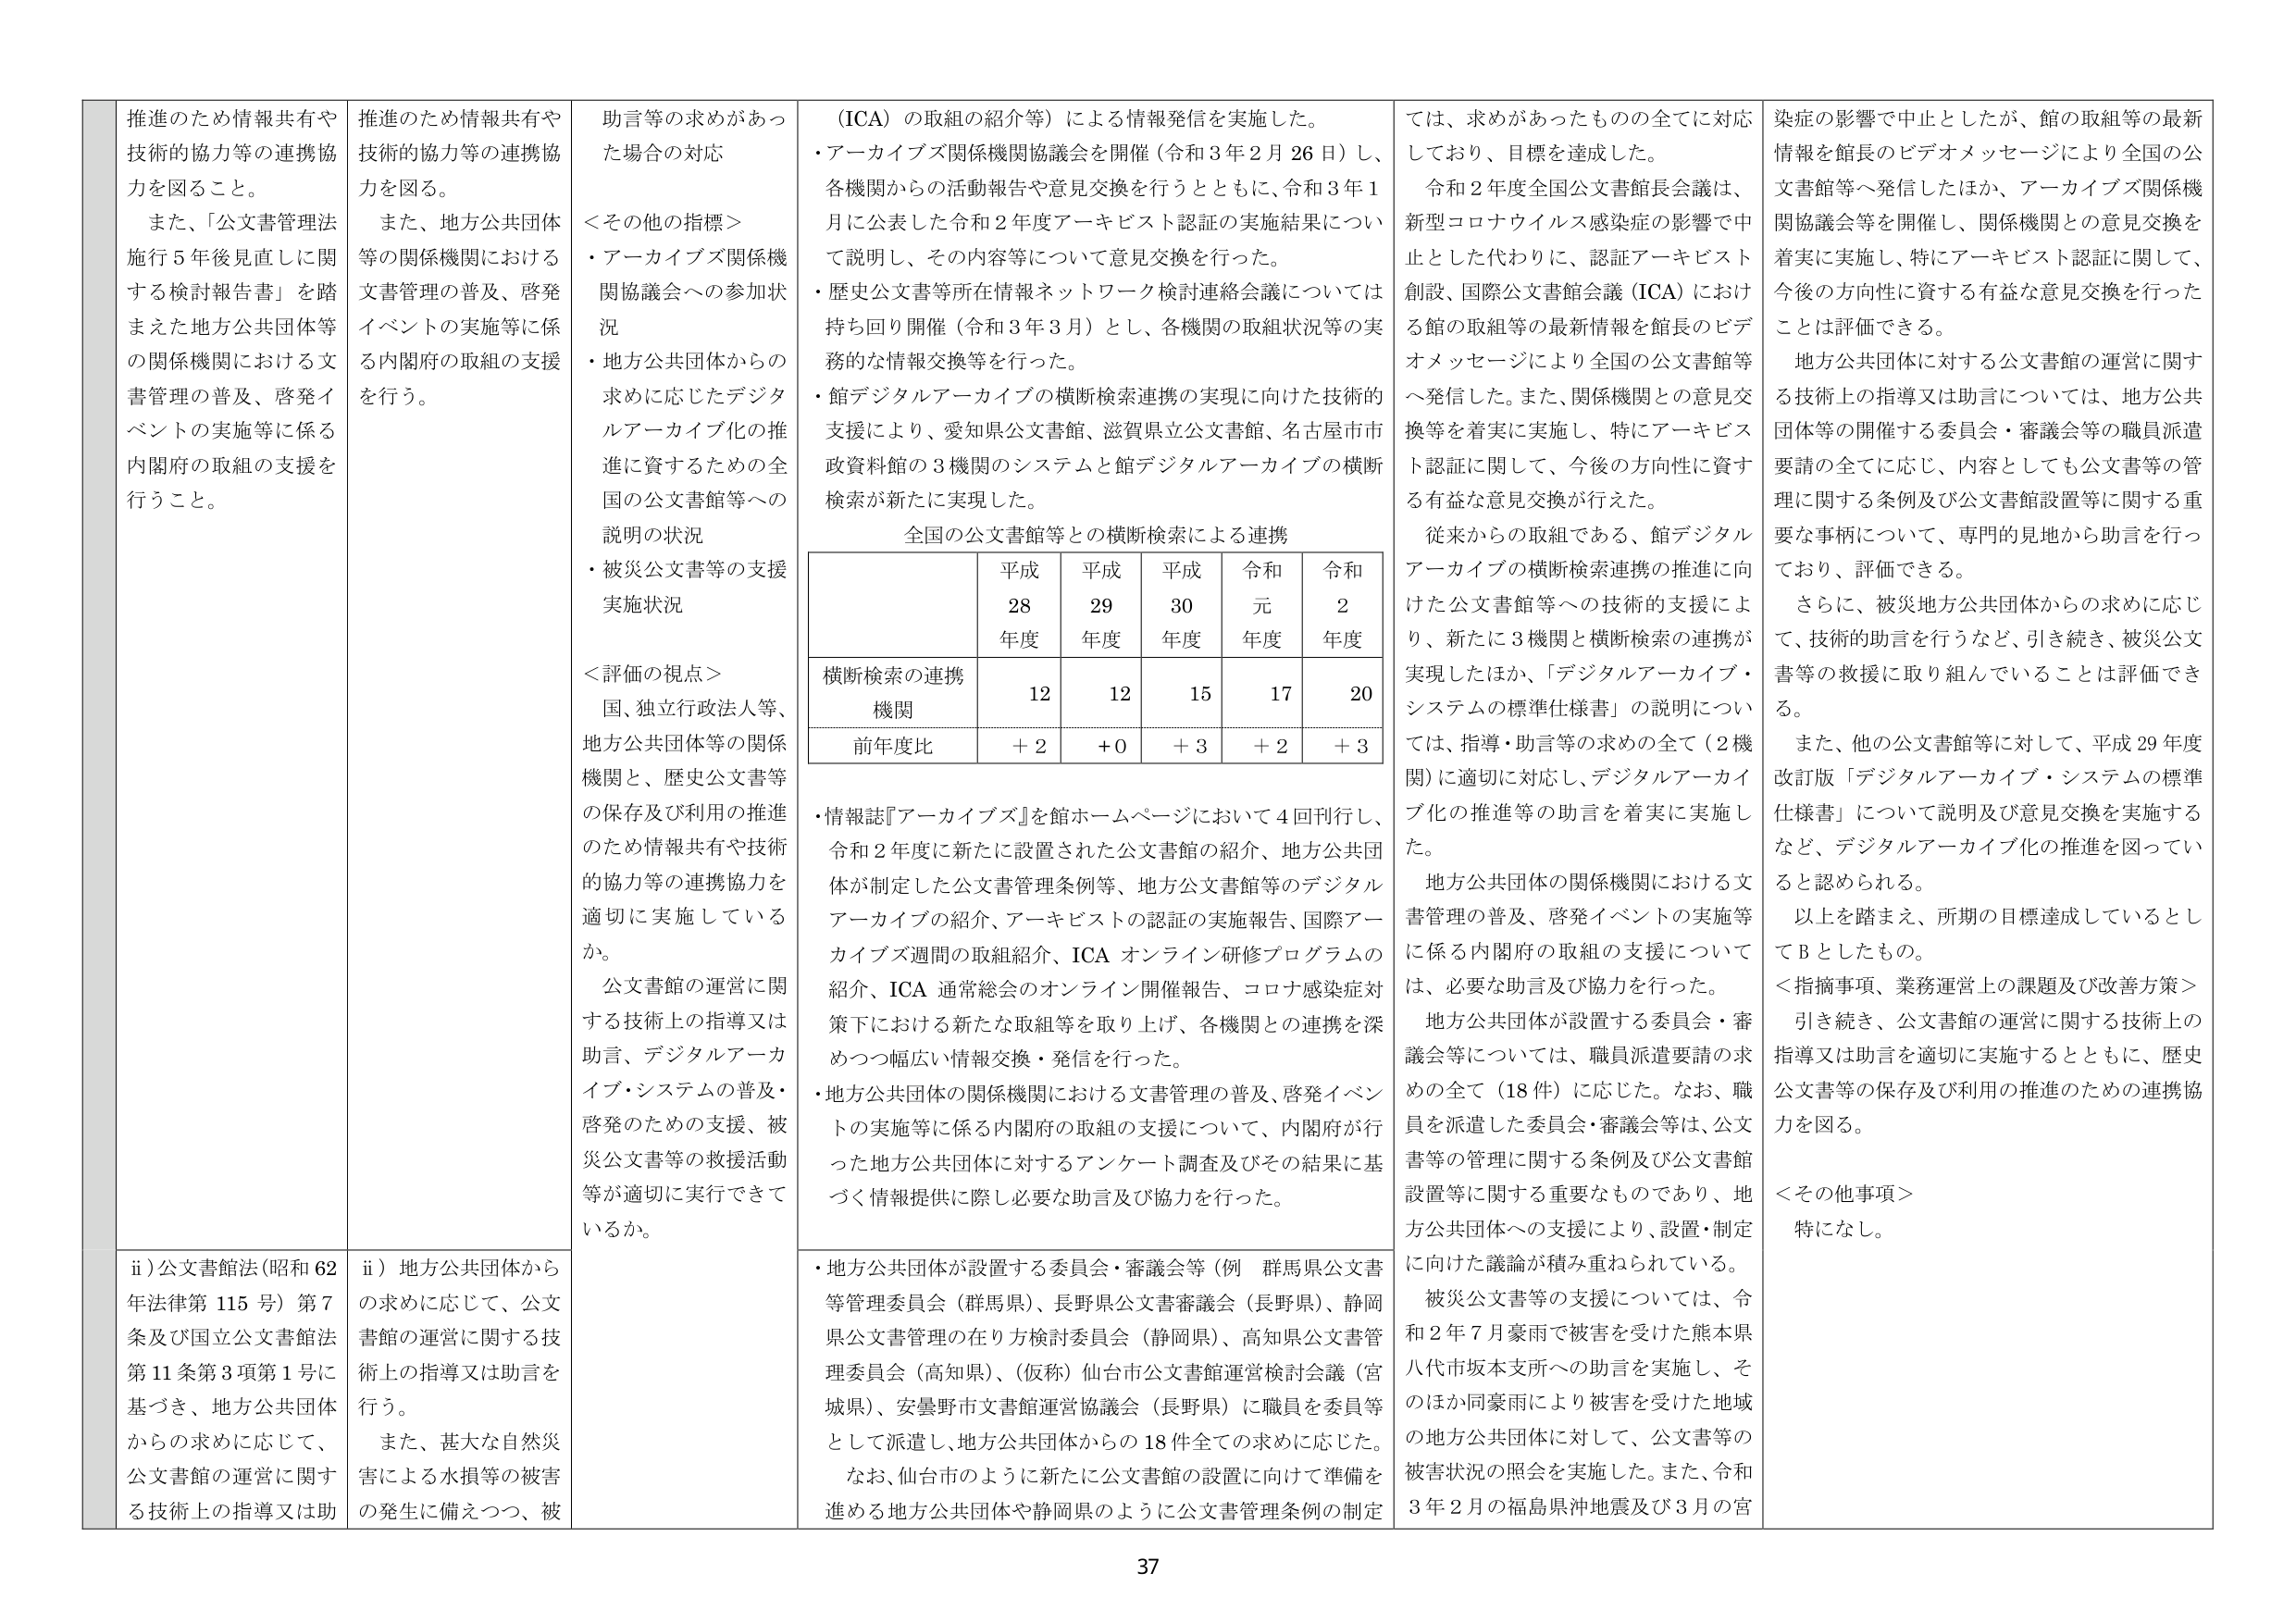
推進のため情報共有や技術的協力等の連携協力を図ること。
また、「公文書管理法施行5年後見直しに関する検討報告書」を踏まえた地方公共団体等の関係機関における文書管理の普及、啓発イベントの実施等に係る内閣府の取組の支援を行うこと。

推進のため情報共有や技術的協力等の連携協力を図る。
また、地方公共団体等の関係機関における文書管理の普及、啓発イベントの実施等に係る内閣府の取組の支援を行う。

助言等の求めがあった場合の対応
＜その他の指標＞
・アーカイブズ関係機関協議会への参加状況
・地方公共団体からの求めに応じたデジタルアーカイブ化の推進に資するための全国の公文書館等への説明の状況
・被災公文書等の支援実施状況

＜評価の視点＞
国、独立行政法人等、地方公共団体等の関係機関と、歴史公文書等の保存及び利用の推進のため情報共有や技術的協力等の連携協力を適切に実施しているか。
公文書館の運営に関する技術上の指導又は助言、デジタルアーカイブ・システムの普及・啓発のための支援、被災公文書等の救援活動等が適切に実行できているか。

（ICA）の取組の紹介等）による情報発信を実施した。
・アーカイブズ関係機関協議会を開催（令和3年2月26日）し、各機関からの活動報告や意見交換を行うとともに、令和3年1月に公表した令和2年度アーキビスト認証の実施結果について説明し、その内容等について意見交換を行った。
・歴史公文書等所在情報ネットワーク検討連絡会議については持ち回り開催（令和3年3月）とし、各機関の取組状況等の実務的な情報交換等を行った。
・館デジタルアーカイブの横断検索連携の実現に向けた技術的支援により、愛知県公文書館、滋賀県立公文書館、名古屋市市政資料館の3機関のシステムと館デジタルアーカイブの横断検索が新たに実現した。

全国の公文書館等との横断検索による連携

| | 平成28年度 | 平成29年度 | 平成30年度 | 令和元年度 | 令和2年度 |
|---|---|---|---|---|---|
| 横断検索の連携機関 | 12 | 12 | 15 | 17 | 20 |
| 前年度比 | +2 | +0 | +3 | +2 | +3 |

・情報誌『アーカイブズ』を館ホームページにおいて4回刊行し、令和2年度に新たに設置された公文書館の紹介、地方公共団体が制定した公文書管理条例等、地方公文書館等のデジタルアーカイブの紹介、アーキビストの認証の実施報告、国際アーカイブズ週間の取組紹介、ICAオンライン研修プログラムの紹介、ICA通常総会のオンライン開催報告、コロナ感染症対策下における新たな取組等を取り上げ、各機関との連携を深めつつ幅広い情報交換・発信を行った。
・地方公共団体の関係機関における文書管理の普及、啓発イベントの実施等に係る内閣府の取組の支援について、内閣府が行った地方公共団体に対するアンケート調査及びその結果に基づく情報提供に際し必要な助言及び協力を行った。

・地方公共団体が設置する委員会・審議会等（例 群馬県公文書等管理委員会（群馬県）、長野県公文書審議会（長野県）、静岡県公文書管理の在り方検討委員会（静岡県）、高知県公文書管理委員会（高知県）、（仮称）仙台市公文書館運営検討会議（宮城県）、安曇野市文書館運営協議会（長野県））に職員を委員等として派遣し、地方公共団体からの18件全ての求めに応じた。
なお、仙台市のように新たに公文書館の設置に向けて準備を進める地方公共団体や静岡県のように公文書管理条例の制定

では、求めがあったものの全てに対応しており、目標を達成した。
令和2年度全国公文書館長会議は、新型コロナウイルス感染症の影響で中止とした代わりに、認証アーキビスト創設、国際公文書館会議（ICA）における館の取組等の最新情報を館長のビデオメッセージにより全国の公文書館等へ発信した。また、関係機関との意見交換等を着実に実施し、特にアーキビスト認証に関して、今後の方針性に資する有益な意見交換が行えた。
従来からの取組である、館デジタルアーカイブの横断検索連携の推進に向けた公文書館等への技術的支援により、新たに3機関と横断検索の連携が実現したほか、「デジタルアーカイブ・システムの標準仕様書」の説明については、指導・助言等の求めの全て（2機関）に適切に対応し、デジタルアーカイブ化の推進等の助言を着実に実施した。
地方公共団体の関係機関における文書管理の普及、啓発イベントの実施等に係る内閣府の取組の支援については、必要な助言及び協力を行った。
地方公共団体が設置する委員会・審議会等については、職員派遣要請の求めの全て（18件）に応じた。なお、職員を派遣した委員会・審議会等は、公文書等の管理に関する条例及び公文書館設置等に関する重要なものであり、地方公共団体への支援により、設置・制定に向けた議論が積み重ねられている。
被災公文書等の支援については、令和2年7月豪雨で被害を受けた熊本県八代市坂本支所への助言を実施し、そのほか同豪雨により被害を受けた地域の地方公共団体に対して、公文書等の被害状況の照会を実施した。また、令和3年2月の福島県沖地震及び3月の宮

染症の影響で中止としたが、館の取組等の最新情報を館長のビデオメッセージにより全国の公文書館等へ発信したほか、アーカイブズ関係機関協議会等を開催し、関係機関との意見交換を着実に実施し、特にアーキビスト認証に関して、今後の方針性に資する有益な意見交換を行ったことは評価できる。
地方公共団体に対する公文書館の運営に関する技術上の指導又は助言については、地方公共団体等の開催する委員会・審議会等の職員派遣要請の全てに応じ、内容としても公文書等の管理に関する条例及び公文書館設置等に関する重要な事柄について、専門的見地から助言を行っており、評価できる。
さらに、被災地方公共団体からの求めに応じて、技術的助言を行うなど、引き続き、被災公文書等の救援に取り組んでいることは評価できる。
また、他の公文書館等に対して、平成29年度改訂版「デジタルアーカイブ・システムの標準仕様書」について説明及び意見交換を実施するなど、デジタルアーカイブ化の推進を図っていると認められる。
以上を踏まえ、所期の目標達成しているとしてBとしたもの。
＜指摘事項、業務運営上の課題及び改善方策＞
引き続き、公文書館の運営に関する技術上の指導又は助言を適切に実施するとともに、歴史公文書等の保存及び利用の推進のための連携協力を図る。
＜その他事項＞
特になし。

ii）公文書館法（昭和62年法律第115号）第7条及び国立公文書館法第11条第3項第1号に基づき、地方公共団体からの求めに応じて、公文書館の運営に関する技術上の指導又は助言を行う。
また、甚大な自然災害による水損等の被害の発生に備えつつ、被

ii）地方公共団体からの求めに応じて、公文書館の運営に関する技術上の指導又は助言を行う。
また、甚大な自然災害による水損等の被害の発生に備えつつ、被

37